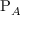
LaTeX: \mathrm { P } _ { A }